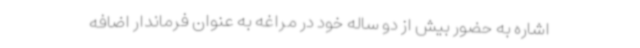
اشاره به حضور بیش از دو ساله خود در مراغه به عنوان فرماندار اضافه